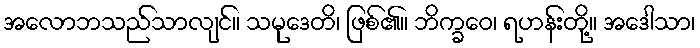
အလောဘသည်သာလျင်။ သမုဒေတိ၊ ဖြစ်၏။ ဘိက္ခဝေ၊ ရဟန်းတို့။ အဒေါသာ၊